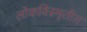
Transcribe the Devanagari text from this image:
लोकविस्मृतीत